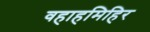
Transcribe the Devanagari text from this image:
वहाहमिहिर